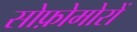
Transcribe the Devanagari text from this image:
सोफ़ोमोरों